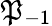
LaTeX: \mathfrak{P}_{-1}